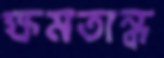
ক্ষমতান্ধ